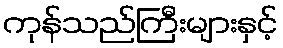
ကုန်သည်ကြီးများနှင့်